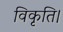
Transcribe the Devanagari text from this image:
विकृति।